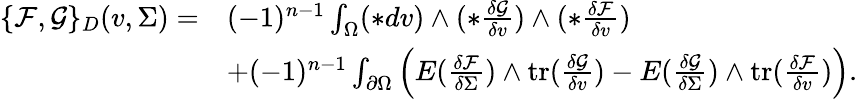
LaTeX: \begin{array}{rl}{\{ \mathcal{F},\mathcal{G}\} _{D}(v,\Sigma)=}&{(-1)^{n-1}\int_{\Omega}(\ast dv)\wedge(\ast\frac{\delta\mathcal{G}}{\delta v})\wedge(\ast\frac{\delta\mathcal{F}}{\delta v})}\\ &{+(-1)^{n-1}\int_{\partial\Omega}\Big(E(\frac{\delta\mathcal{F}}{\delta\Sigma})\wedge\mathrm{tr}(\frac{\delta\mathcal{G}}{\delta v})-E(\frac{\delta\mathcal{G}}{\delta\Sigma})\wedge\mathrm{tr}(\frac{\delta\mathcal{F}}{\delta v})\Big).}\end{array}